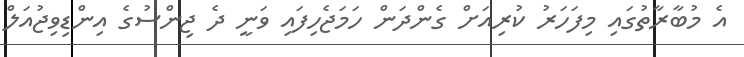
އެ މުބާރާތުގައި މިފަހަރު ކުރިއަށް ގެންދަން ހަމަޖެހިފައި ވަނީ ދެ ޖިންސުގެ އިންޑިވިޖުއަލް